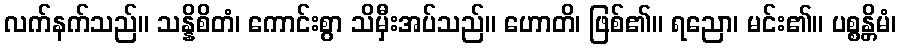
လက်နက်သည်။ သန္နိစိတံ၊ ကောင်းစွာ သိမှီးအပ်သည်။ ဟောတိ၊ ဖြစ်၏။ ရညော၊ မင်း၏။ ပစ္စန္တိမံ၊